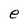
Character: e